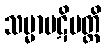
သမ္မာပဋိပတ္တိ